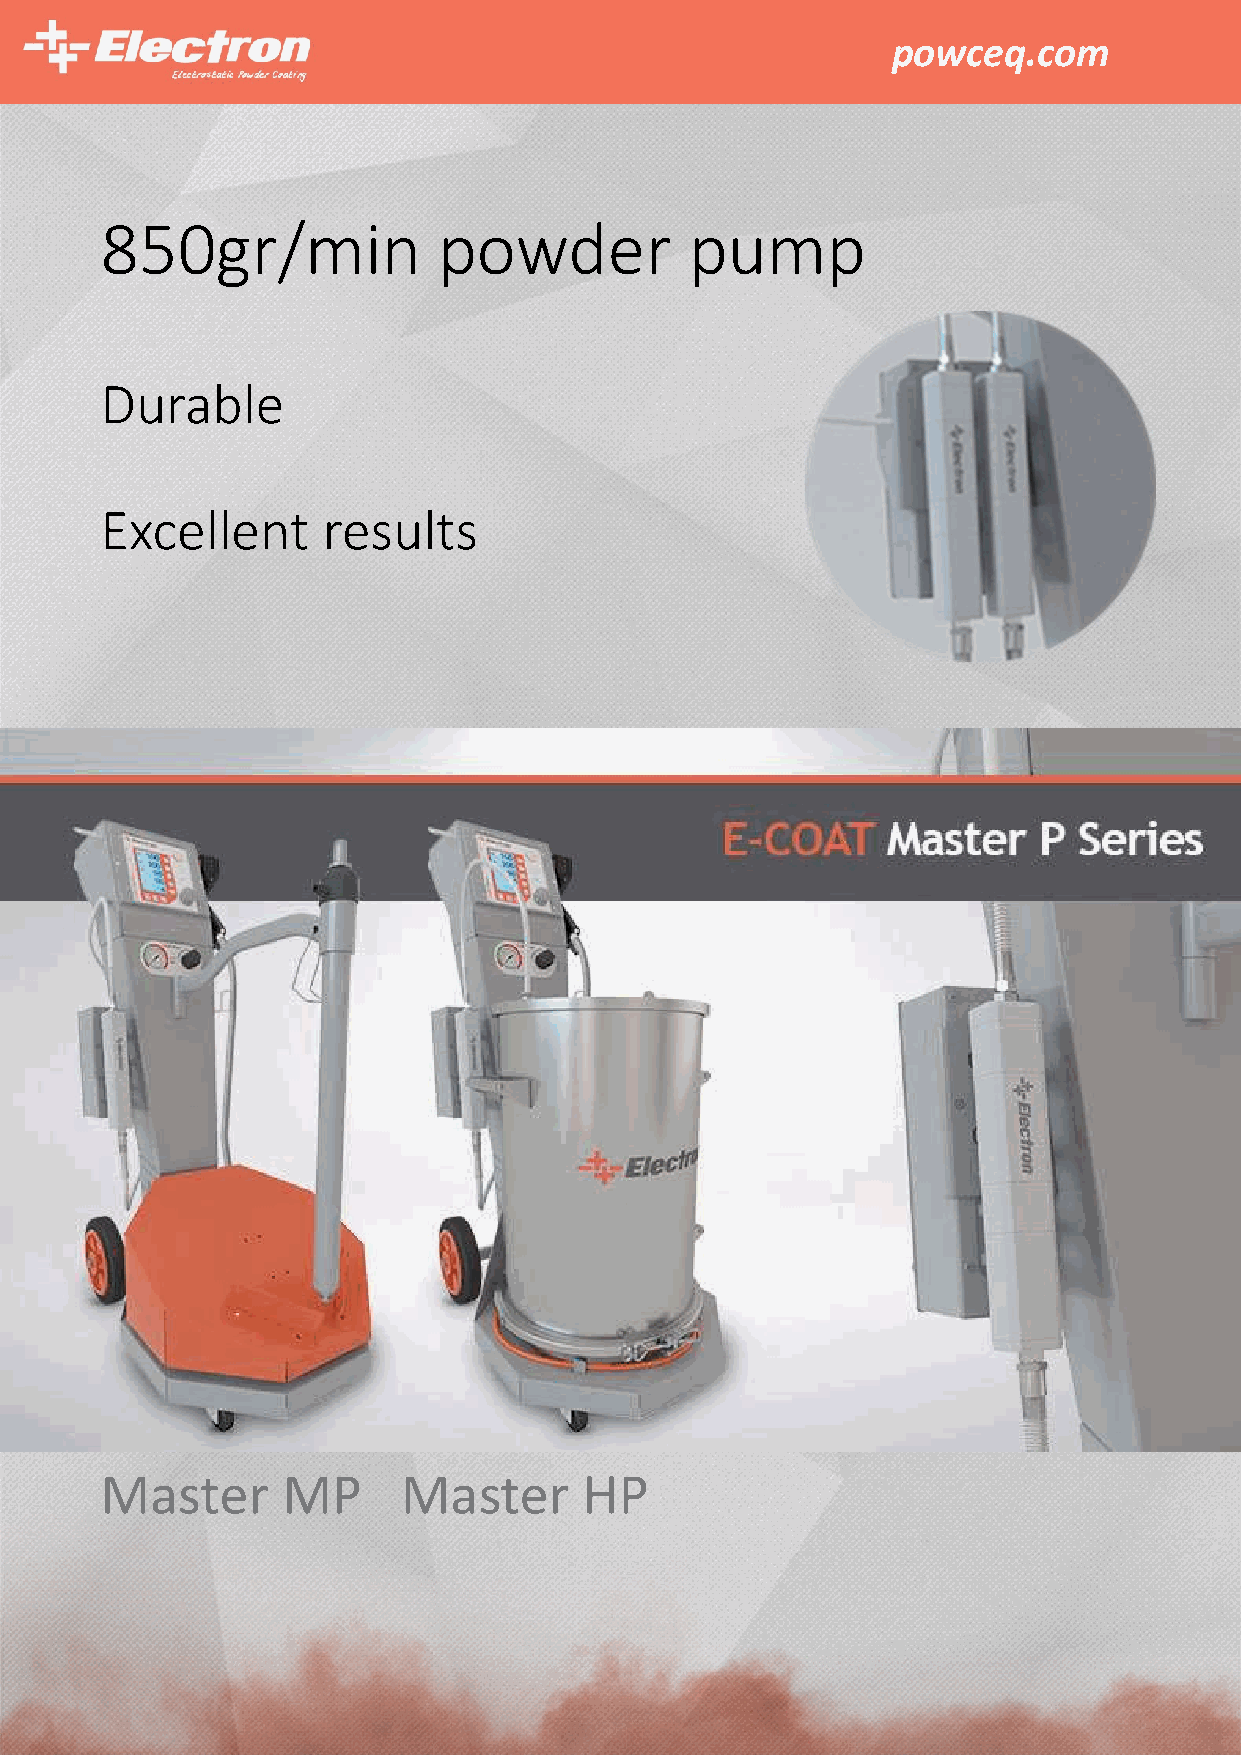
powceq.com
 850gr/min             powder           pump
 Durable
 Excellent     results
 Master      MP      Master      HP